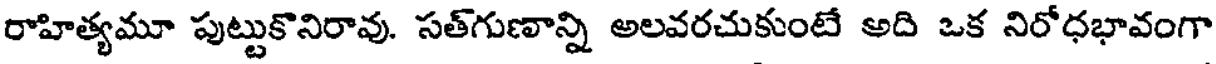
రాహిత్యమూ పుట్టుకొనిరావు. సత్గుణాన్ని అలవరచుకుంటే అది ఒక నిరోధభావంగా